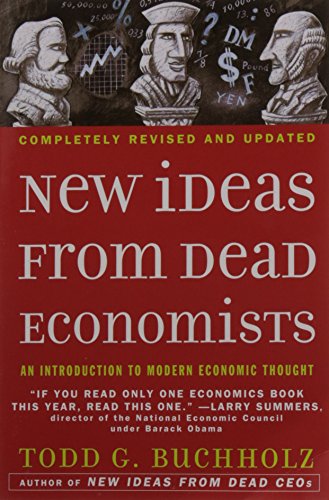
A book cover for New Ideas from Dead Economists: An Introduction to Modern Economic Thought; Todd G. Buchholz; Business & Money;